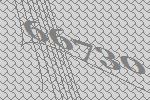
66730